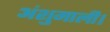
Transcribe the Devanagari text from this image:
अंशुमाली।